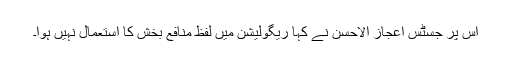
اس پر جسٹس اعجاز الاحسن نے کہا ریگولیشن میں لفظ منافع بخش کا استعمال نہیں ہوا۔